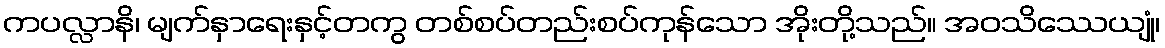
ကပလ္လာနိ၊ မျက်နှာရေးနှင့်တကွ တစ်စပ်တည်းစပ်ကုန်သော အိုးတို့သည်။ အဝသိဿေယျုံ၊